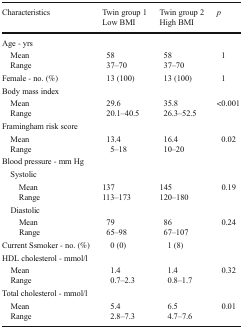
<table><thead><tr><td rowspan="2"><b>Characteristics</b></td><td><b>Twin group 1</b></td><td><b>Twin group 2</b></td><td rowspan="2"><b><i>p</i></b></td></tr><tr><td><b>Low BMI</b></td><td><b>High BMI</b></td></tr></thead><tbody><tr><td colspan="4">Age - yrs</td></tr><tr><td> Mean</td><td>58</td><td>58</td><td rowspan="2">1</td></tr><tr><td> Range</td><td>37–70</td><td>37–70</td></tr><tr><td>Female - no. (%)</td><td>13 (100)</td><td>13 (100)</td><td>1</td></tr><tr><td colspan="4">Body mass index</td></tr><tr><td> Mean</td><td>29.6</td><td>35.8</td><td rowspan="2">&lt;0.001</td></tr><tr><td> Range</td><td>20.1–40.5</td><td>26.3–52.5</td></tr><tr><td colspan="4">Framingham risk score</td></tr><tr><td> Mean</td><td>13.4</td><td>16.4</td><td rowspan="2">0.02</td></tr><tr><td> Range</td><td>5–18</td><td>10–20</td></tr><tr><td colspan="4">Blood pressure - mm Hg</td></tr><tr><td colspan="4"> Systolic</td></tr><tr><td>Mean</td><td>137</td><td>145</td><td rowspan="2">0.19</td></tr><tr><td>Range</td><td>113–173</td><td>120–180</td></tr><tr><td colspan="4"> Diastolic</td></tr><tr><td>Mean</td><td>79</td><td>86</td><td rowspan="3">0.24</td></tr><tr><td>Range</td><td>65–98</td><td>67–107</td></tr><tr><td>Current Ssmoker - no. (%)</td><td>0 (0)</td><td>1 (8)</td></tr><tr><td colspan="4">HDL cholesterol - mmol/l</td></tr><tr><td> Mean</td><td>1.4</td><td>1.4</td><td rowspan="2">0.32</td></tr><tr><td> Range</td><td>0.7–2.3</td><td>0.8–1.7</td></tr><tr><td colspan="4">Total cholesterol - mmol/l</td></tr><tr><td> Mean</td><td>5.4</td><td>6.5</td><td rowspan="2">0.01</td></tr><tr><td> Range</td><td>2.8–7.3</td><td>4.7–7.6</td></tr></tbody></table>